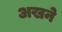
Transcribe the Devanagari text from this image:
अखने